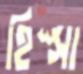
হিস্সা